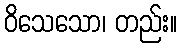
ဝိသေသော၊ တည်း။